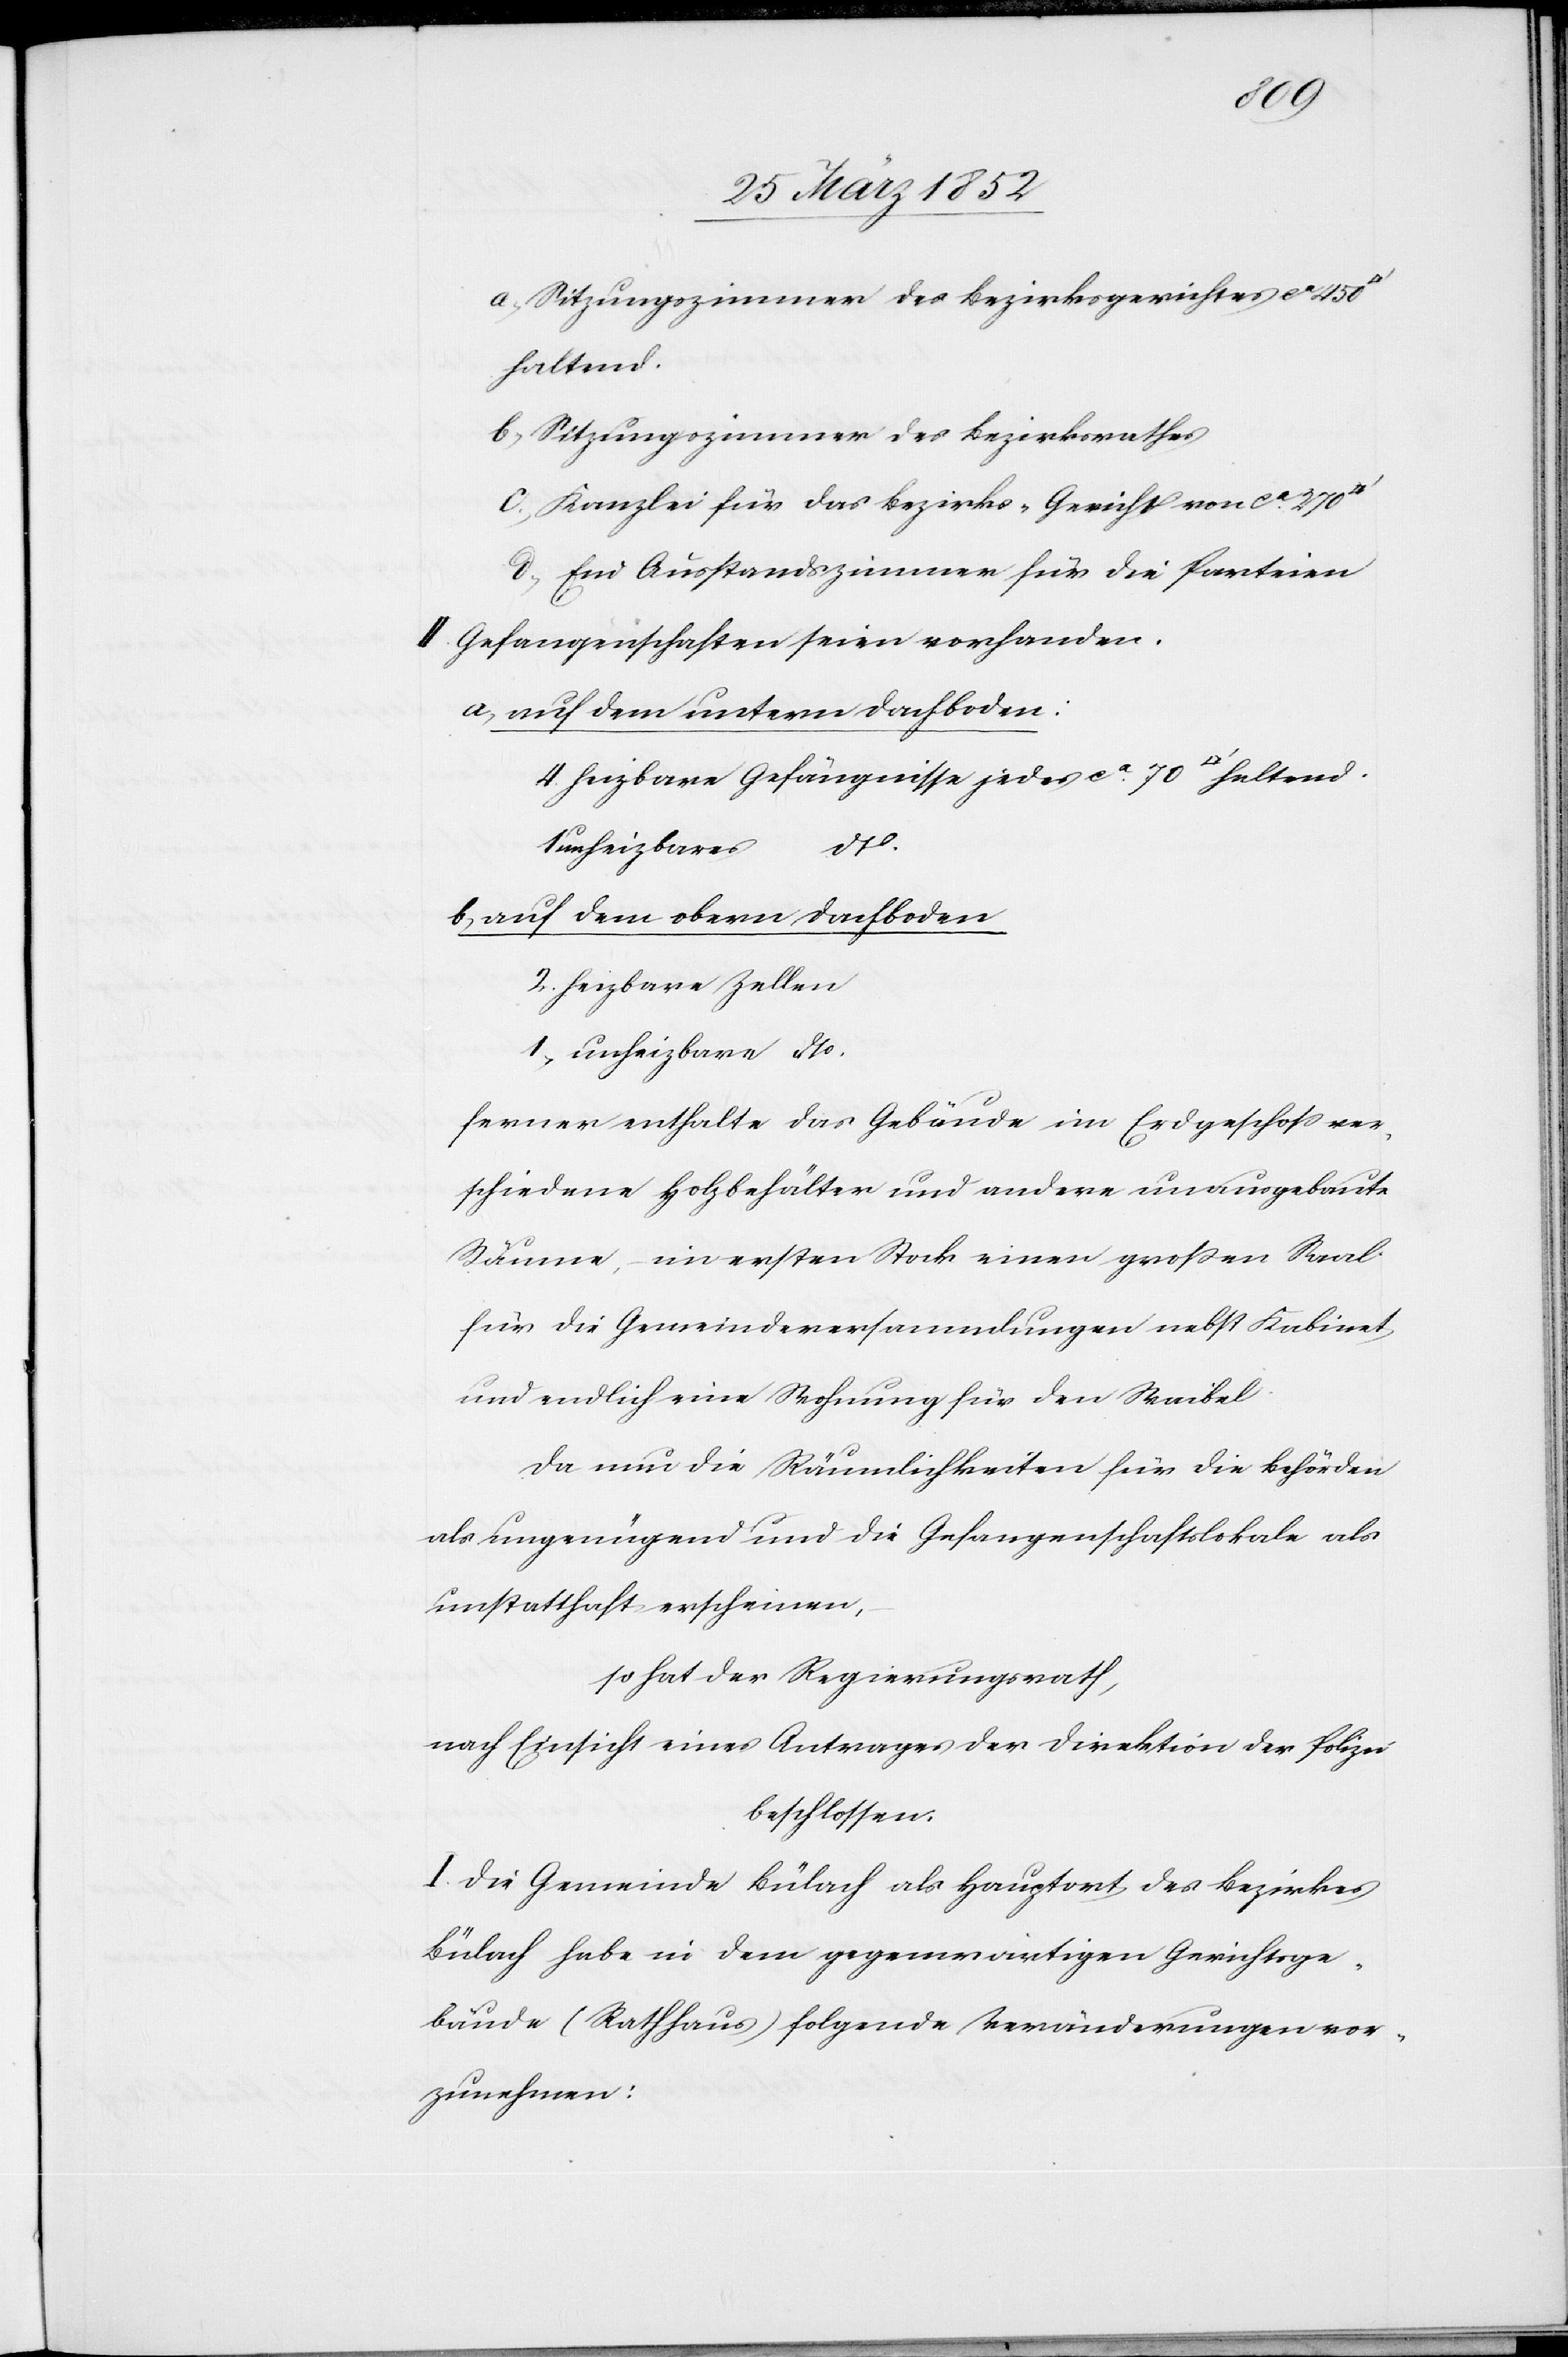
ratfuss]
a) Sitzungszimmer des Bezirksgerichtes ca 450
haltend.
b) Sitzungszimmer des Bezirksrathes
c) Kanzlei für das Bezirks-Gericht von ca 270
d) Ein Ausstandszimmer für die Parteien.
II. Gefangenschaften seien vorhanden.
a) auf dem untern Dachboden:
4 heizbare Gefängnisse jedes ca 70 [Quad¬
b) auf dem obern Dachboden
2 heizbare Zellen
1 unheizbare dto
ferner enthalte das Gebäude im Erdgeschoß ver¬
schiedene Holzbehälter und andere unausgebaute
Räume, – im ersten Stock einen großen Saal
für die Gemeindeversammlungen nebst Kabinet
und endlich eine Wohnung für den Waibel.
Da nun die Räumlichkeiten für die Behörden
als ungenügend und die Gefangenschaftslokale als
unstatthaft erscheinen,
so hat der Regierungsrath,
nach Einsicht eines Antrages der Direktion der Polizei
beschlossen.
I. Die Gemeinde Bülach als Hauptort des Bezirkes
Bülach habe in dem gegenwärtigen Gerichtsge¬
bäude (Rathhaus) folgende Veränderungen vor¬
zunehmen: